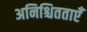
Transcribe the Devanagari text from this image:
अनिश्चितताएँ